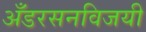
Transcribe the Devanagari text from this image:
अँडरसनविजयी